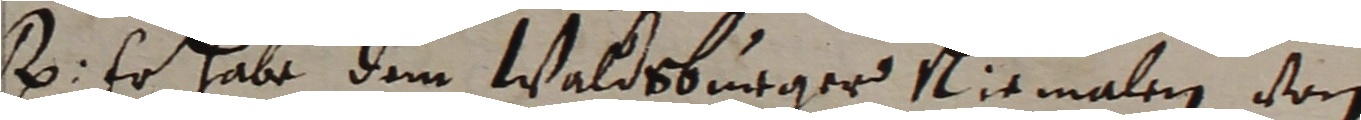
. Er habe dem Waldsburger Riemalen von